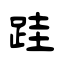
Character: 跬